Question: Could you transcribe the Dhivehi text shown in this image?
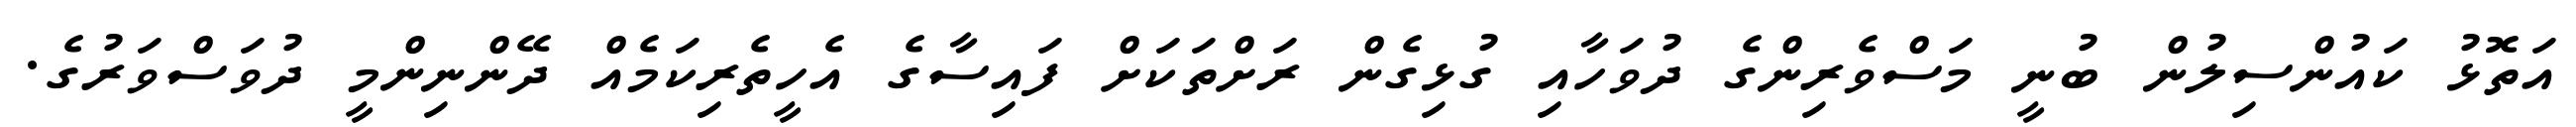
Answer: އަތޮޅު ކައުންސިލުން ބުނީ މަސްވެރިންގެ ދުވަހާއި ގުޅިގެން ރަށްތަކަށް ފައިސާގެ އެހީތެރިކަމެއް ދޭންނިންމީ ދުވަސްވަރުގެ.